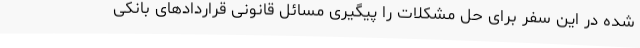
شده در این سفر برای حل مشکلات را پیگیری مسائل قانونی قراردادهای بانکی